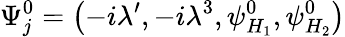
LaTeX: \Psi_{j}^{0}=\left(-i\lambda^{\prime},-i\lambda^{3},\psi_{H_{1}}^{0},\psi_{H_{2}}^{0}\right)